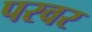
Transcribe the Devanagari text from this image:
परवर